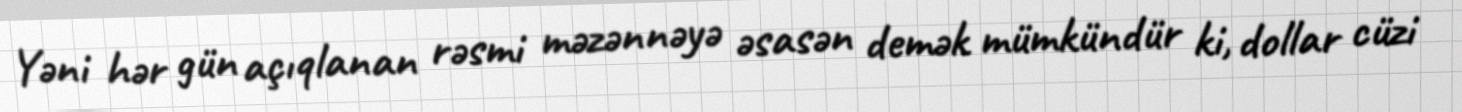
Yəni hər gün açıqlanan rəsmi məzənnəyə əsasən demək mümkündür ki, dollar cüzi